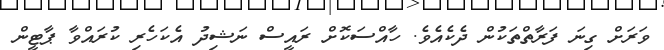
ވަރަށް ގިނަ ފަރާތްތަކުން ދެކެއެވެ. ހާއްސަކޮށް ރައީސް ނަޝިދު އެކަހެރި ކުރައްވާ ޕާޓީން